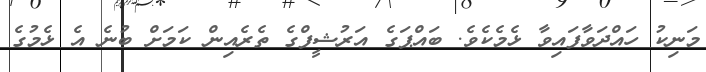
މަނިކު ހައްދަވާފައިވާ ޅެމެކެވެ. ބައްޕަގެ އަރުޝީފްގެ ތެރެއިން ކަމަށް ބުނެ އެ ޅެމުގެ